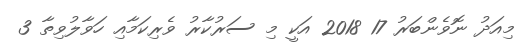
މިއަދު ނޮވެންބަރު 17 2018 އަކީ މި ސަރުކާރު ވެރިކަމާއި ހަވާލުވިތާ 3